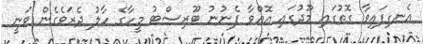
އެނގިފައިވާ ގޮތުގައި މޫދުގައި އޮއްވާ ފެނުނު ޓޫރިސްޓު މީހާގެ ހާލު ދެރަވެގެން ވަނީ